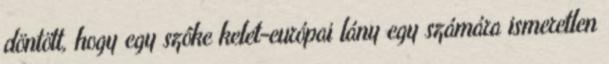
döntött, hogy egy szôke kelet-európai lány egy számára ismeretlen